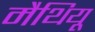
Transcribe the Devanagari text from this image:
मैथियू